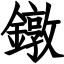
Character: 鐓